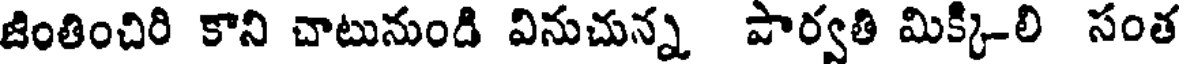
జింతించిరి కాని చాటునుండి వినుచున్న పార్వతి మిక్కి-లి సంత